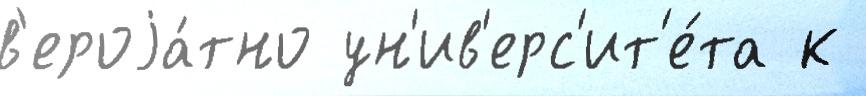
в'ероjа́тно ун'ив'ерс'ит'е́та к